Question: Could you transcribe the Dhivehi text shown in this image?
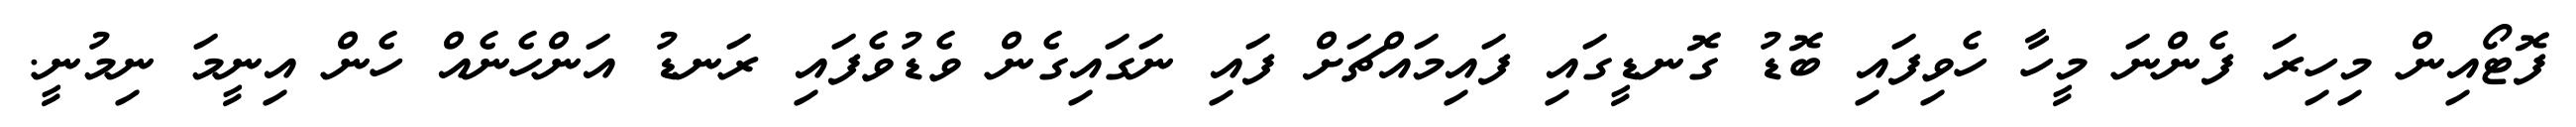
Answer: ފޮޓޯއިން މިހިރަ ފެންނަ މީހާ ހެވިފައި ބޮޑު ގޮނޑީގައި ފައިމައްޗަށް ފައި ނަގައިގެން ވެޑުވެފައި ރަނޑު އަންހެނެއް ހެން އިނީމަ ނިމުނީ.